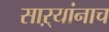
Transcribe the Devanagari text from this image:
साऱ्यांनाच